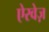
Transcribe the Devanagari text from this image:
ऐरवेज़